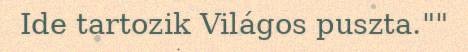
Ide tartozik Világos puszta.""